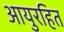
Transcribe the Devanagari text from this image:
आयुरहित